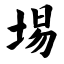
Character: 埸